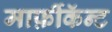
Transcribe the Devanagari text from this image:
मार्फ़ीकॅन्ट